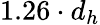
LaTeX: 1.26\cdot d_{h}